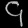
Digit: ၄